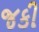
જકી